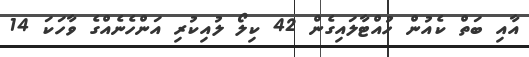
އާއި ބަތް ކެއުން ހުއްޓާލައިގެން 42 ކިލޯ ލުއިކުރި އަންހެނެއްގެ ވާހަކަ 14